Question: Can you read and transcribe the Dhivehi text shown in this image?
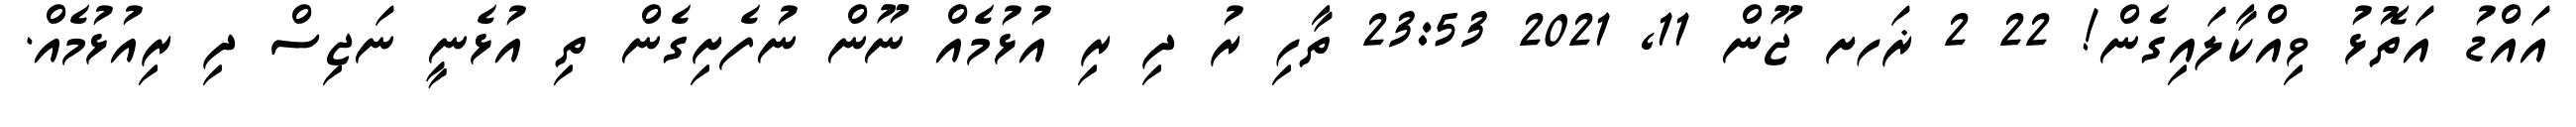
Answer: އައްޑު އަތޮޅު ވިއްކާލައިގެން! 22 2 ޜަހށ ޖޫން 11, 2021 23:53 ތާހި ރު ދި ރި އުޅުމެއް ނޫން ނުފެށިގެން ތި އުޅެނީ ނަޖިސް ދި ރިއުޅުމެއް.